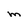
Character: M